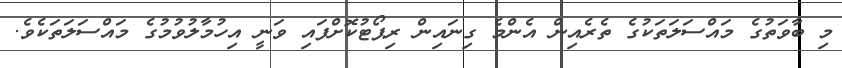
މި ބާވަތުގެ މައްސަލަތަކުގެ ތެރެއިން އެންމެ ގިނައިން ރިޕޯޓުކޮށްފައި ވަނީ އިހުމާލުވުމުގެ މައްސަލަތަކެވެ.